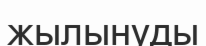
жылынуды